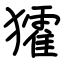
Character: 㺢